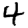
Digit: 4